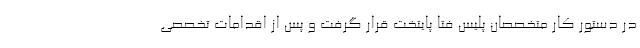
در دستور کار متخصصان پلیس فتا پایتخت قرار گرفت و پس از اقدامات تخصصی